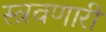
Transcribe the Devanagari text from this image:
स्त्रवणारी